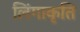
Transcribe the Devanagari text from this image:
लिंगाकृति